Heimtali_vallavalitsus, lk 64
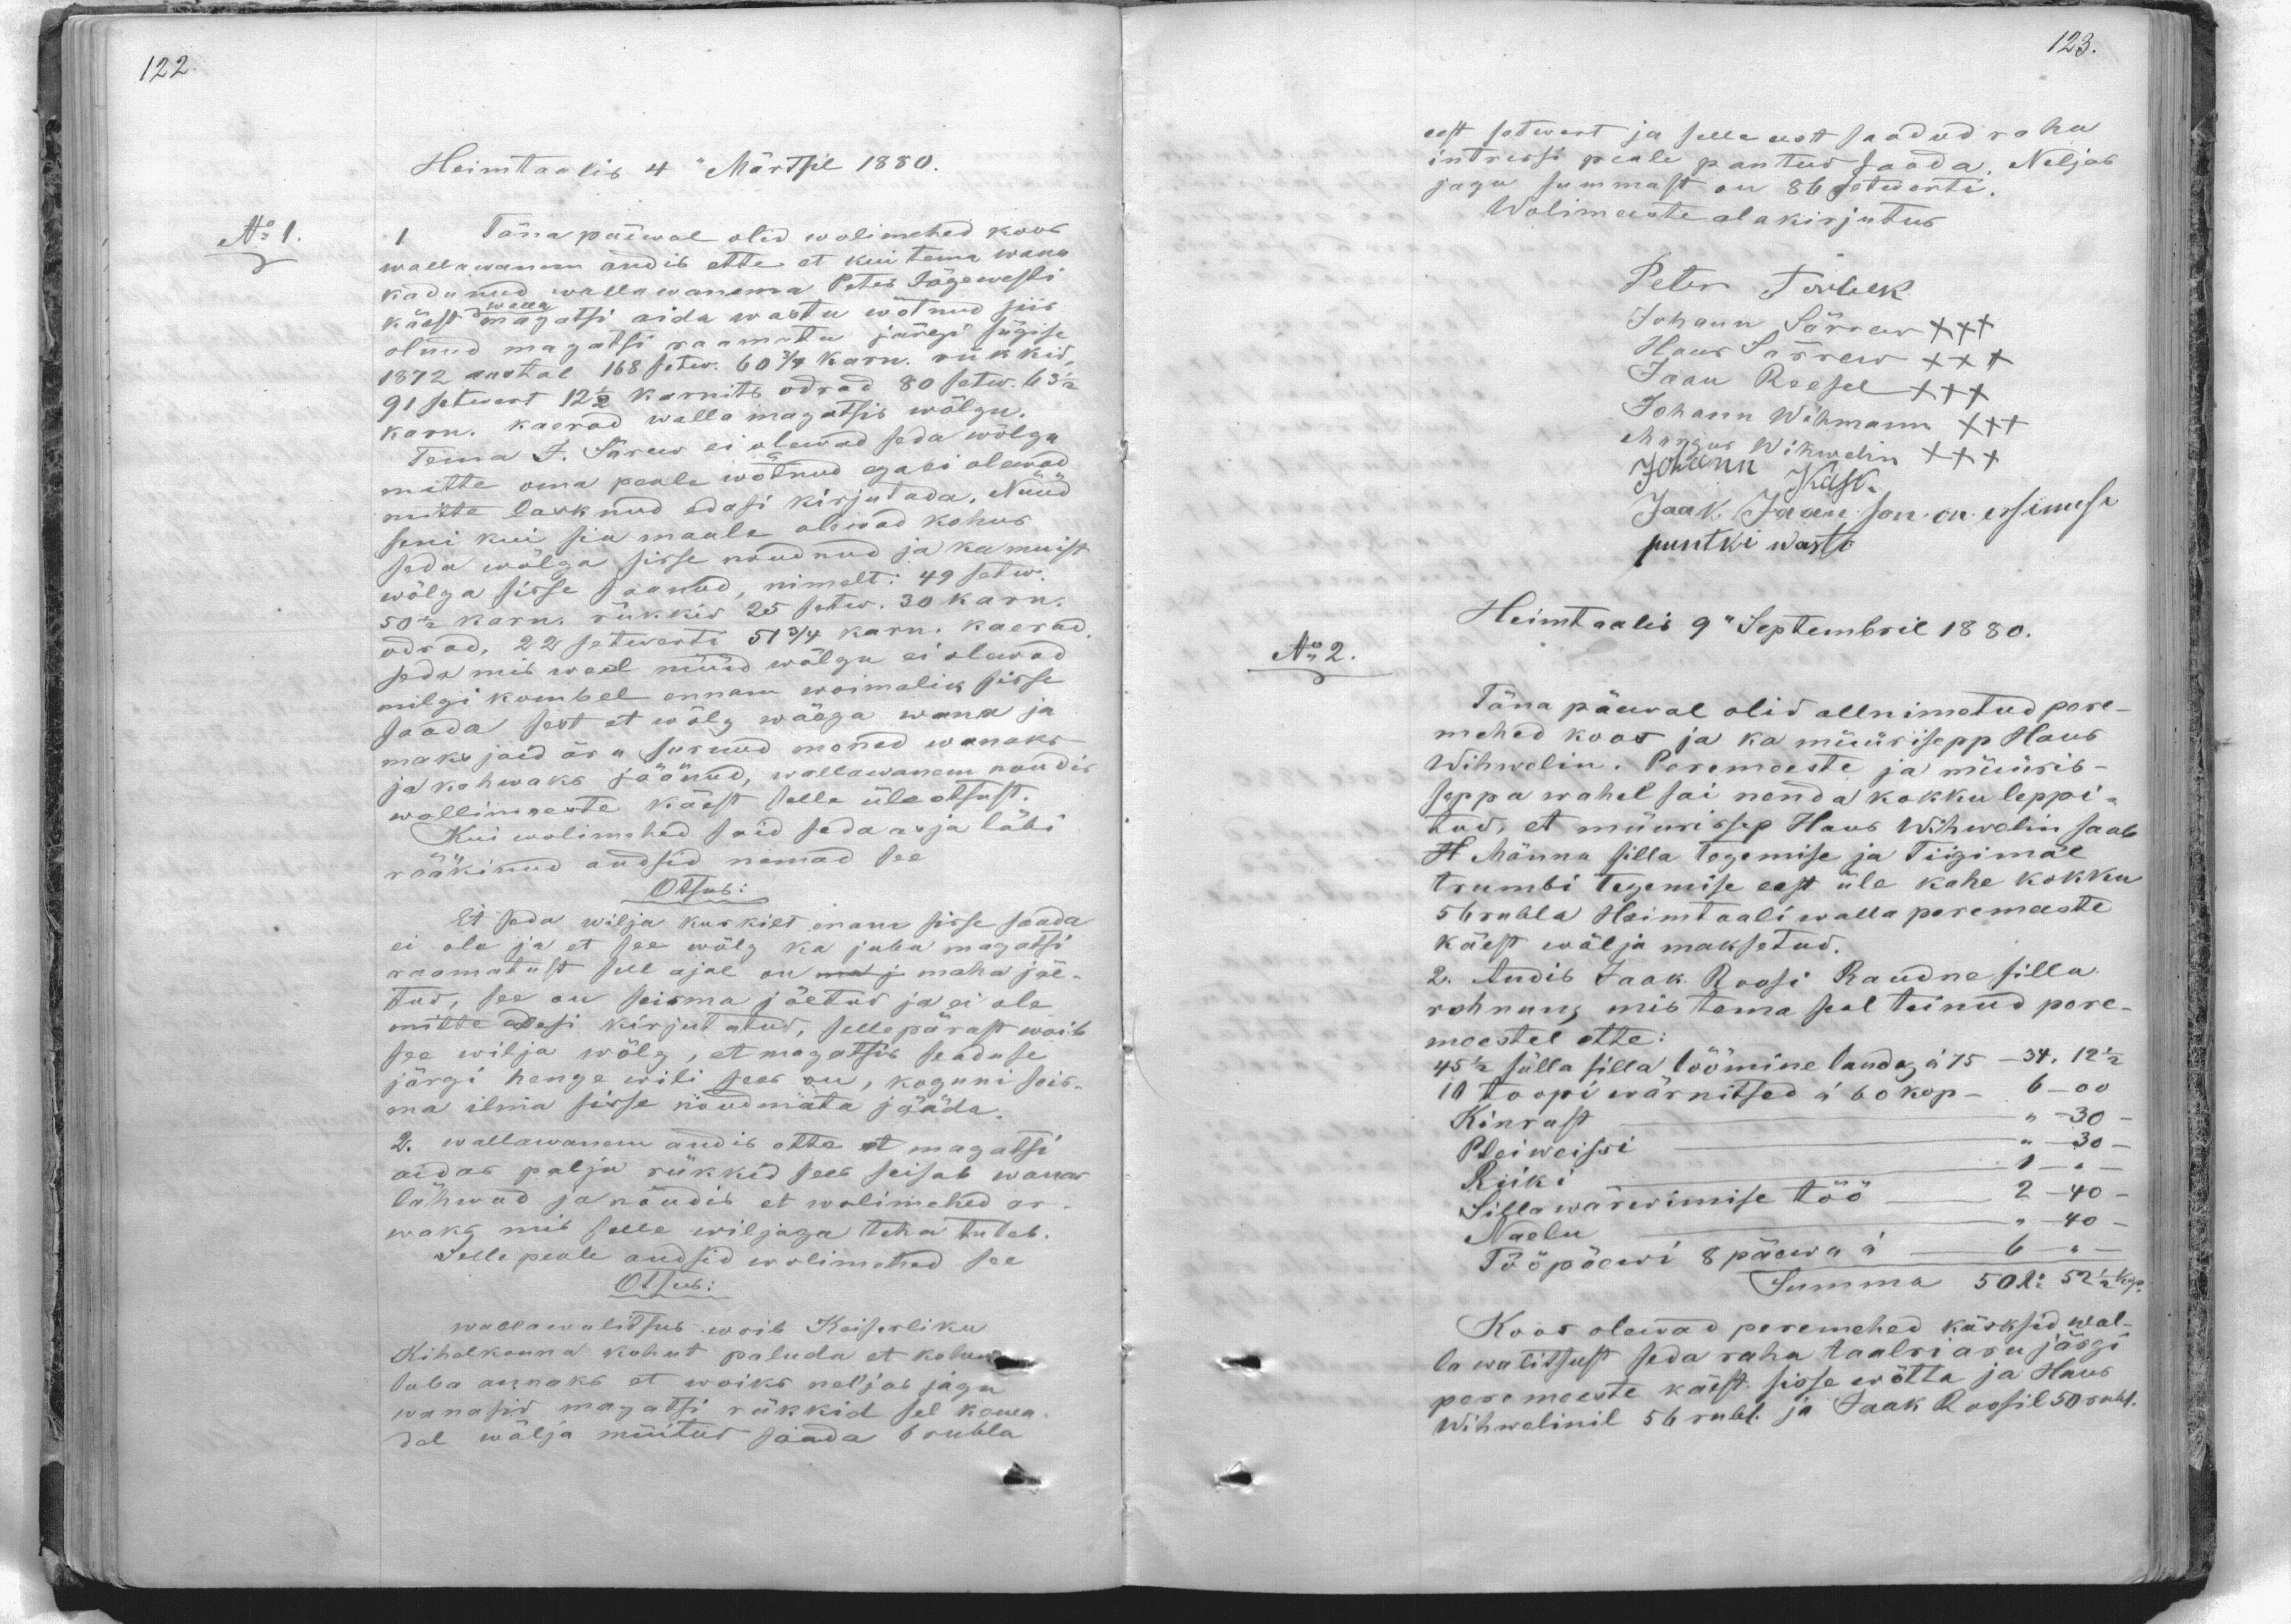
Heimthalis 4" Märtsil 1880.
No: 1
1 Täna päewal olid wolimehed koos
wallawanem andib ette et kui tema wana
kadunud wallawanema Peter Jõgewesti
käest magatsi aida wastu wõtnud siis
olnud magatsi raamatu järgi sügise
1872 aastal 168 setw. 60 3/4 karn. rükkid
91 setwert 12 1/2 karnits odrad 80 setw. 63 1/2
karn. kaerad walla magatsis wõlgu.
Tema J. Särew ei olewad seda wõlga
mitte oma peale wõtnud aja ei olewad
mitte lasknud edasi kirjutada, Nuud
seni kui sia maale olewad kohus
seda wõlga sisse nõudnud ja kui muist
50 1/2 karn. rükkis 25 setw. 30 karn.
wõlga sisse saanud, nimelt: 49 setw.
odrad, 22 setwerti 513/4 karn. kaerad
seda mis weel nüüd wõlgu ei olewad
milgi kombel ennam woimalik sisse
saada sest et wõlg wääga wana ja
maks said ära surnud mõned wanaks
ja kahwaks jäänud, wallawanem noudis
wallimeeste käest selle üle otsust.
Kui wolimehed said seda maja läbi
rääkinud andsid nemad see
Otsus:
Et seda wilja kuskilt enam sisse saada
ei ole ja et see wõlg ka juba magatsi
raamatust sell ajal on maha jäe-
tud, see on seisma jäetud ja ei ole
mitte edasi kirjutatud, sellepärast woib
see wilja wõlg, et magatsis seaduse
järgi hange wili saab on, koguni seis-
ma ilma sisse nõudmata jääda.
2. wallawanem andis ette et magatsi
aidas palju rükkid sees seisab wana
lähwad ja nõudid et walimehed ar-
waks, mis selle wiljaga teha tuleb.
Selle peale andsid wolimehed see
Otsus:
wallawalitsus woib Keiserliku
Kihelkonna kohut paluda et kohus
luba annaks et woiks neljas jagu
wanasid magatsi rükkid sel kewa-
del wälja müitud saada 6 rubla

eest setwert ja selle eest saadud raha
intressi peale pantud saada. Neljas
jagu summast on 86 setwerti.
Wolimeeste alakirjutus
Peter Turbek
Johann, Särraw XXX
Hans Särrew XXX
Jaan Reesel XXX
Johann Wihmann XXX
Margus Wihwelin XXX
Johann Kask
Jaak Jaansson on esimese
puntki wasto
Heimtaalis 9" Septembril 1880.
No: 2.
Täna päewal olid allnimetud pere-
mehed koos ja ka müürisepp Hans
Wihwelin. Peremeeste ja müüris-
seppa wahel sai nenda kokku leppi-
tud, et müürissep Hans Wihwelin saab
H. Männa silla tegemise ja Tiigimäe
trombi tegemise eest üle kahe kokku
5 rubla Heimtaali walla peremeeste
käest wälja maksetud.
2. Andis Jaak Roosi Raudne silla
rehnung, mis tema seal teinud pere-
meestel ette:
45 1/2 sülla silla löömine lauda, a 75 - 34, 12 1/2
10 toopi wärnitsed a 60 kop- 6-00
Kinnast - 30
Pteiweisse - 30
Riiki - 1 --
Silla wärwimise töö 2-40
Naelu - 40
Tööpäewi 8 päewad - 6 -
Summa 50 R 52 1/2 kop.
Koos olewad peremehed käsksid wal-
la walitsust seda raha taalri asu järgi
peremeeste käest sisse wõtta ja Hans
Wihwelinil 56 rubl. ja Jaak Roosil 50 rubl.